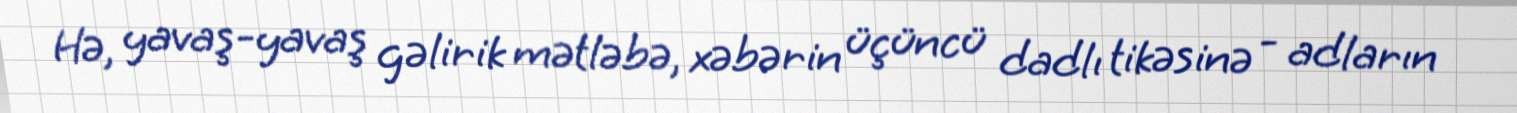
Hə, yavaş-yavaş gəlirik mətləbə, xəbərin üçüncü dadlı tikəsinə - adların